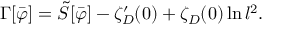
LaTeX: \Gamma [ \bar { \varphi } ] = \tilde { S } [ \bar { \varphi } ] - \zeta _ { \cal D } ^ { \prime } ( 0 ) + \zeta _ { \cal D } ( 0 ) \ln l ^ { 2 } .